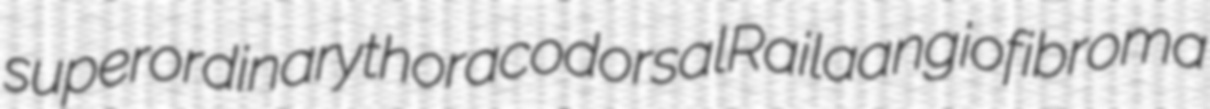
superordinary thoracodorsal Raila angiofibroma